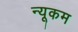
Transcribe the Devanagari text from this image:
न्यूकम